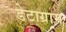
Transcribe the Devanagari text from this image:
डेटाग्राम